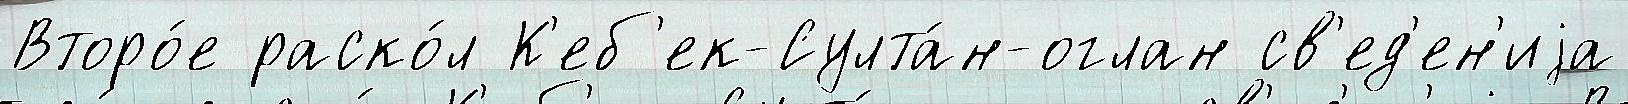
Второ́е раско́л К'еб'ек-Султа́н-оглан св'ед'ен'иjа